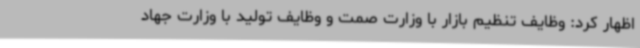
اظهار کرد: وظایف تنظیم بازار با وزارت صمت و وظایف تولید با وزارت جهاد